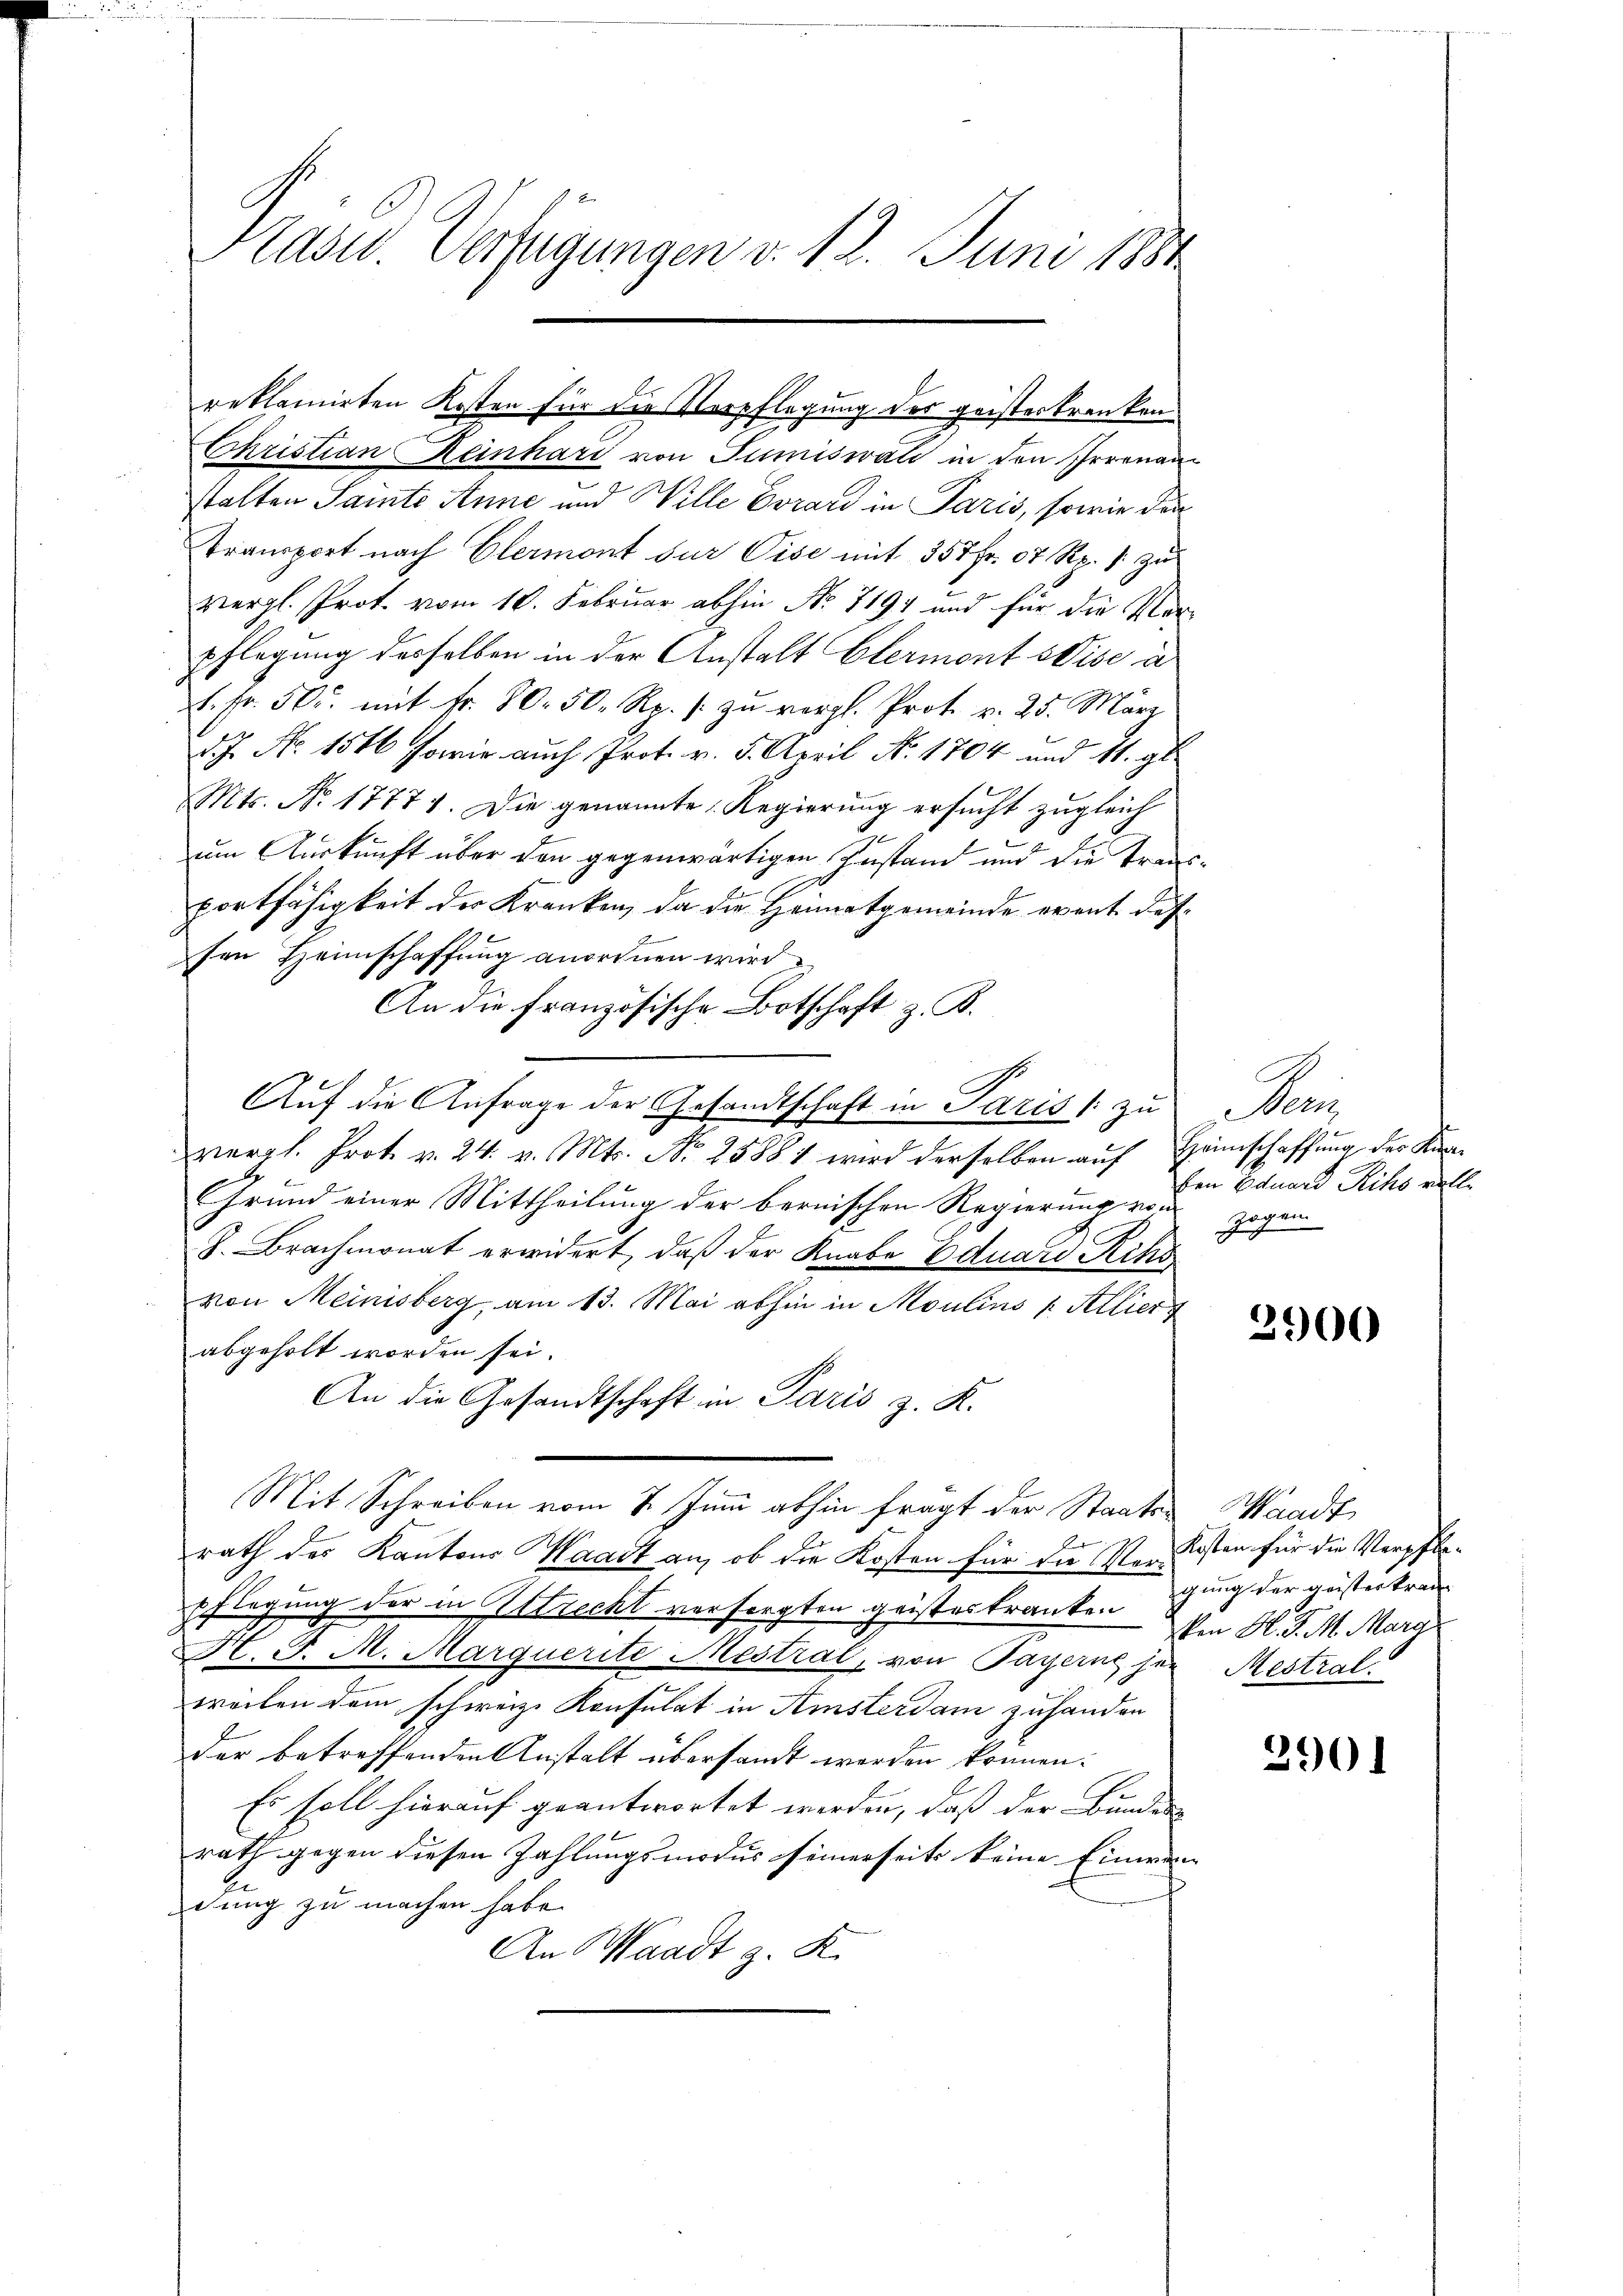
Kasc. Verfügungen d. 12. Juni 1881

Christian Reinhard von Juniswald in den Irrenan
stalten Samte Anne und Wille Evran in Paris, sowie die
Transport nach Elermont sur Vise mit 357 Fr. 07 Rp. zu
vergl. Prof. vom 10. Februar abhin Nr. 7194 und für die Vorpflegung desselben in der Anstalt Elermont Weise a
f. Fr. 50. mit Fr. 80. 50. R. / zu vergl. Prot. v. 25. März
d. J. No. 1546 sowie auch Prot. v. 5. April N. 1704 und 11. gl.
Mts. No. 1777. Die genannte Regierung ersucht zugleich
um Auskunft über den gegenwärtigen Instand und die Transportfähigkeit der Kranken, da die Heimatgemeinde event dessen Heimschaffung anordnen wird
An die Französische Botschaft z. B.
Auf die Anfrage der Gesandtschaft in Paris /: zu Bern,
vergl. Prot. v. 24. v. Mts. No 25881 wird derselben auf Heimschaffung der Kin¬
u
Grund einer Mittheilung der bernischen Regierung von
8. Brachmonat erwidert, daß der Knabe Eduard Rike
von Meinisberg, am 13. Mai abhin in Moulins Allier
abgeholt worden sei.
An die Gesandtschaft in Paris z. K.
Mit Schreiben vom 7. Juni abhin fragt der Staats- Waadt
bes
rath der Kantons Waadt an, ob die Kosten für die Ver- Kosten für die Verpflepflegung der in Strecht versorgten geisteskranken thung der geisterkran
H. d. M. Marquerite Mestral, von Payerne her Mestral
weilen dem schweiz. Konsulat in Amsterdam zuhanden
der betreffenden Anstalt übersandt worden können:
Es soll hierauf geantwortet werden, daß der Bunden
rath gegen diesen Zahlungsmodus seinerseits keine Einwan
dung zu machen habe.
An Waadt z. K.

reklamirten Kosten für die Verpflegung der geisterkranken

E
hen Eduard Richs volle
zogen

3900

Von H. d. M. Marg

2901